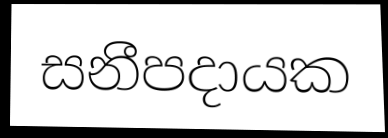
සනීපදායක